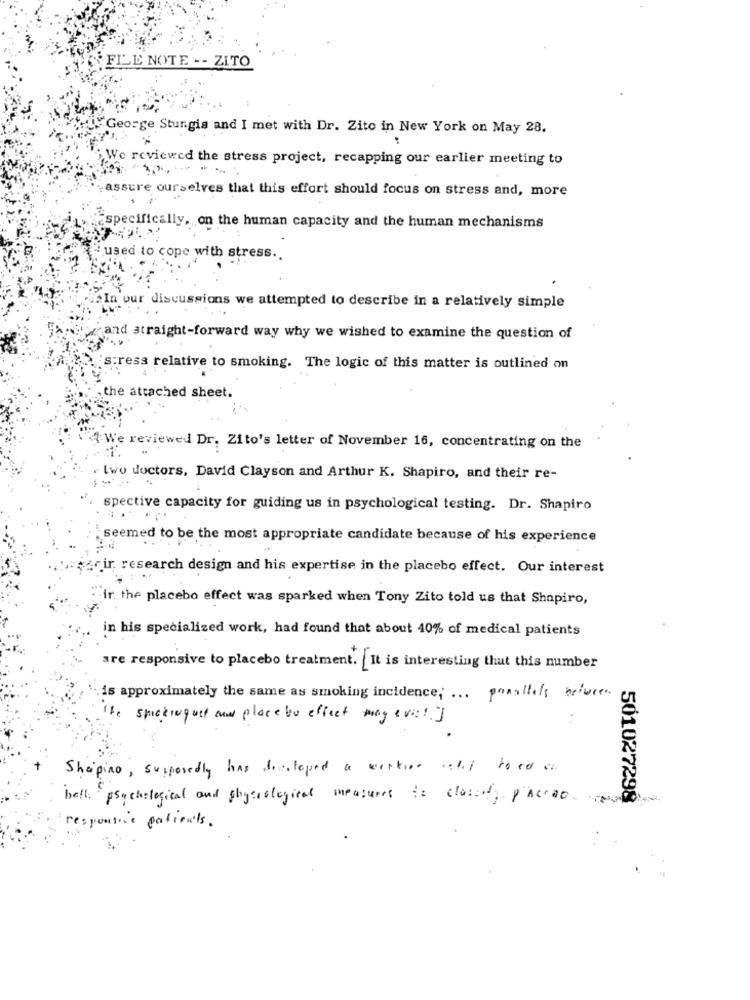
FLLE NOTE -- ZITO
George Sturgis and I met with Dr. Zito in New York on May 28.
We reviewed the stress project, recapping our earlier meeting to
assure ourselves that this effort should focus on stress and, more
.
specifically, on the human capacity and the human mechanisms
4 used to cope with stress ..
our discussions we attempted to describe in a relatively simple
and straight-forward way why we wished to examine the question of
s:ress relative to smoking. The logic of this matter is outlined on
the attached sheet.
We reviewed Dr. Zito's letter of November 16, concentrating on the
two doctors, David Clayson and Arthur K. Shapiro, and their re-
spective capacity for guiding us in psychological testing. Dr. Shapiro
seemed to be the most appropriate candidate because of his experience
ir. research design and his expertise in the placebo effect. Our interest
"ir the placebo effect was sparked when Tony Zito told us that Shapiro,
in his specialized work, had found that about 40% of medical patients
are responsive to placebo treatment. It is interesting that this number
is approximately the same as smoking incidence; ... parallels before.
The stickinguet ou place to effect magevist]
Shaping, supposedly has developed a workone call toed on
bett: psychological and physiological inpusuresto closed, pacreo
-
501027298
responsive patients .